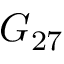
G _ { 2 7 }